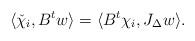
LaTeX: \begin{align*} \langle \check{\chi}_i, B^{t} w\rangle= \langle B^{t}\chi_i, J_{\Delta}w\rangle.\end{align*}